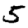
Digit: 5